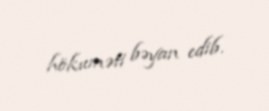
hökuməti bəyan edib.